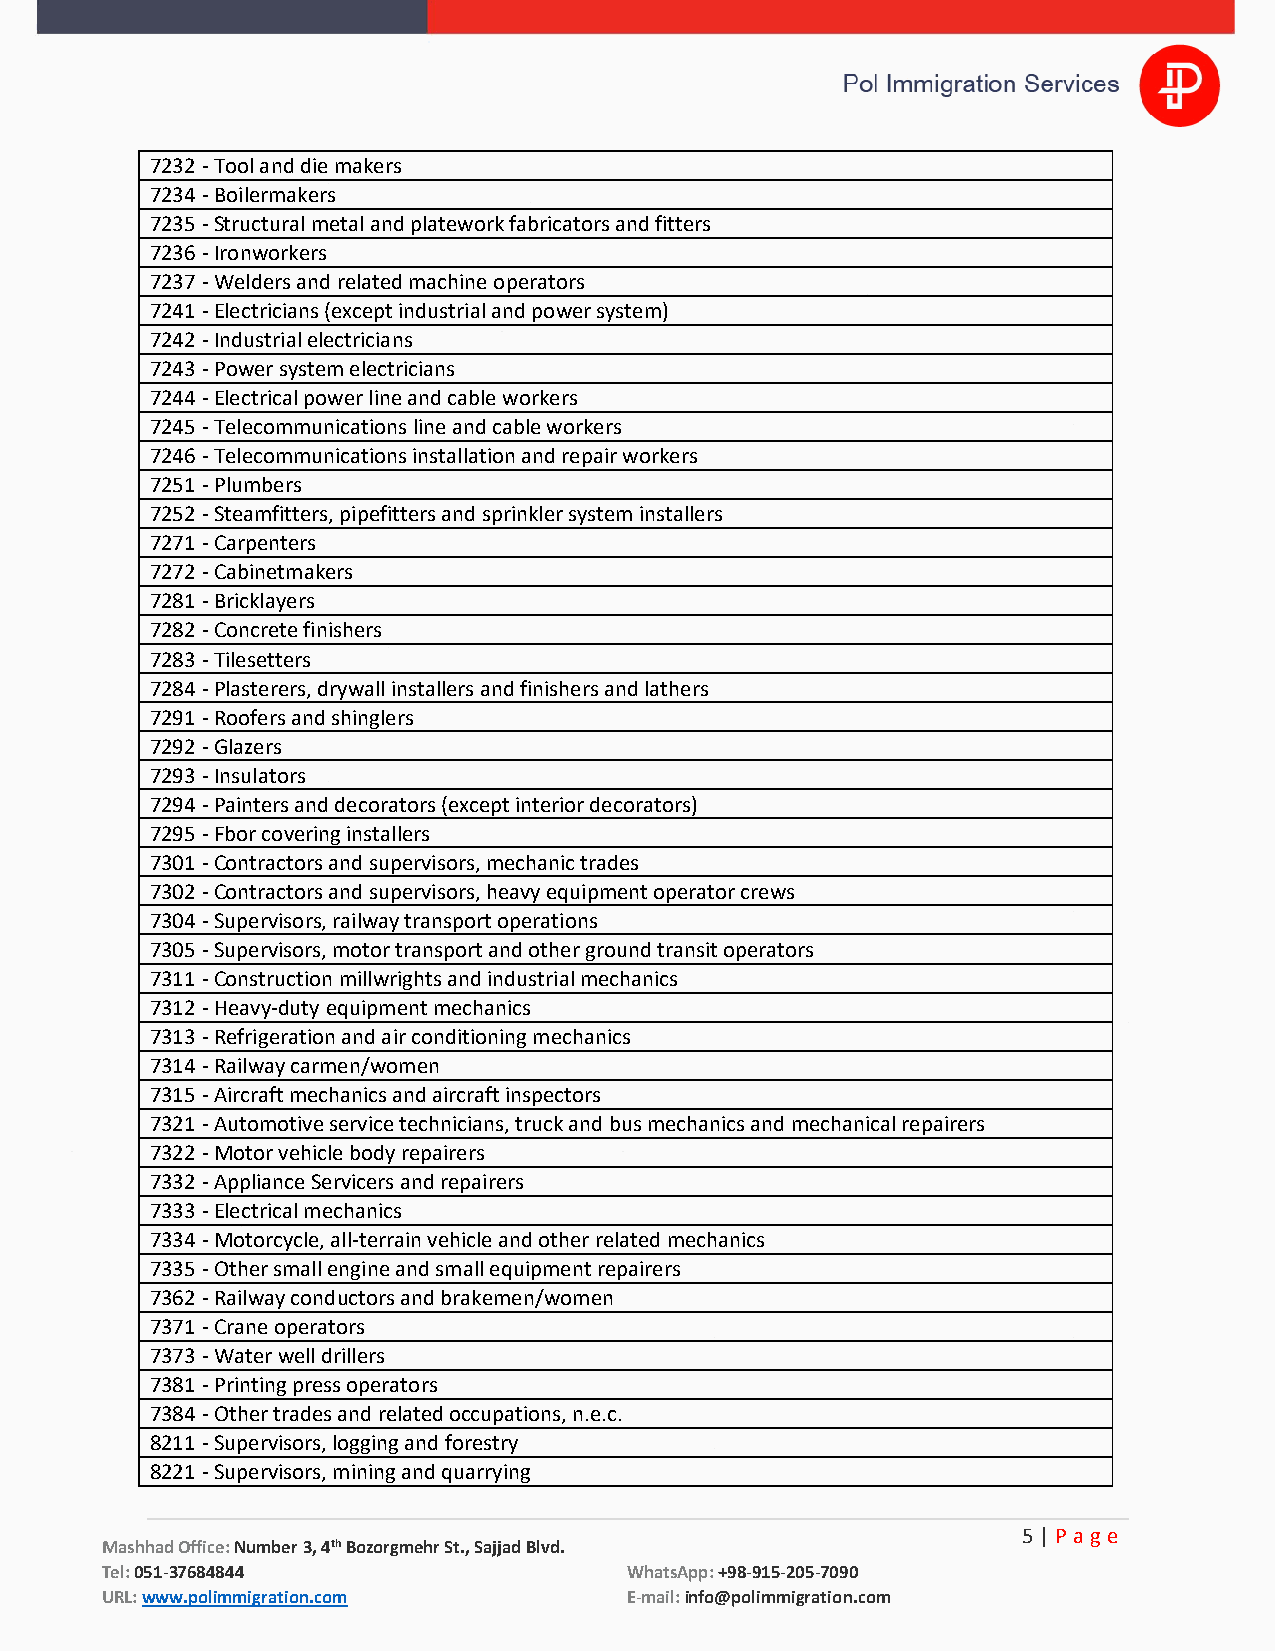
7232 - Tool and die makers
 7234 - Boilermakers
 7235 - Structural metal and platework fabricators and fitters
 7236 - Ironworkers
 7237 - Welders and related machine operators
 7241 - Electricians (except industrial and power system)
 7242 - Industrial electricians
 7243 - Power system electricians
 7244 - Electrical power line and cable workers
 7245 - Telecommunications line and cable workers
 7246 - Telecommunications installation and repair workers
 7251 - Plumbers
 7252 - Steamfitters, pipefitters and sprinkler system installers
 7271 - Carpenters
 7272 - Cabinetmakers
 7281 - Bricklayers
 7282 - Concrete finishers
 7283 - Tilesetters
 7284 - Plasterers, drywall installers and finishers and lathers
 7291 - Roofers and shinglers
 7292 - Glazers
 7293 - Insulators
 7294 - Painters and decorators (except interior decorators)
 7295 - Fbor covering installers
 7301 - Contractors and supervisors, mechanic trades
 7302 - Contractors and supervisors, heavy equipment operator crews
 7304 - Supervisors, railway transport operations
 7305 - Supervisors, motor transport and other ground transit operators
 7311 - Construction millwrights and industrial mechanics
 7312 - Heavy-duty equipment mechanics
 7313 - Refrigeration and air conditioning mechanics
 7314 - Railway carmen/women
 7315 - Aircraft mechanics and aircraft inspectors
 7321 - Automotive service technicians, truck and bus mechanics and mechanical repairers
 7322 - Motor vehicle body repairers
 7332 - Appliance Servicers and repairers
 7333 - Electrical mechanics
 7334 - Motorcycle, all-terrain vehicle and other related mechanics
 7335 - Other small engine and small equipment repairers
 7362 - Railway conductors and brakemen/women
 7371 - Crane operators
 7373 - Water well drillers
 7381 - Printing press operators
 7384 - Other trades and related occupations, n.e.c.
 8211 - Supervisors, logging and forestry
 8221 - Supervisors, mining and quarrying
 5 | P a ge
 Mashhad Office: Number 3, 4th Bozorgmehr St., Sajjad Blvd.
 Tel: 051-37684844                 WhatsApp: +98-915-205-7090
 URL: www.polimmigration.com       E-mail: info@polimmigration.com